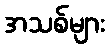
အသစ်များ